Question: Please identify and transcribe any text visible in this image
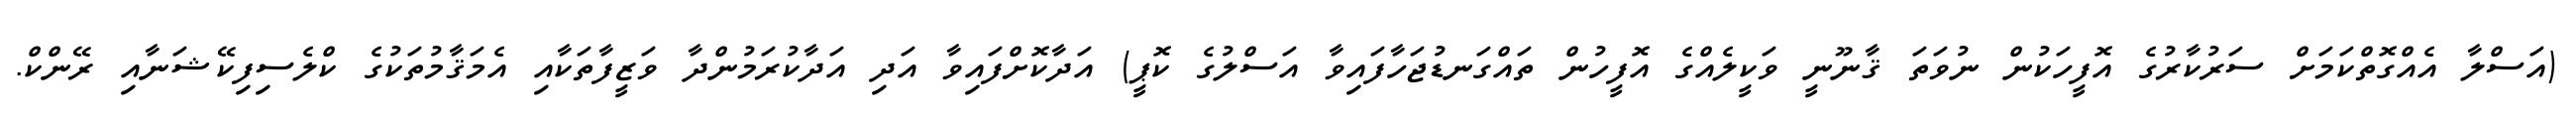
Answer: (އަސްލާ އެއްގޮތްކަމަށް ސަރުކާރުގެ އޮފީހަކުން ނުވަތަ ޤާނޫނީ ވަކީލެއްގެ އޮފީހުން ތައްގަނޑުޖަހާފައިވާ އަސްލުގެ ކޮޕީ) އަދާކޮށްފައިވާ އަދި އަދާކުރަމުންދާ ވަޒީފާތަކާއި އެމަޤާމުތަކުގެ ކްލެސިފިކޭޝަނާއި ރޭންކް.